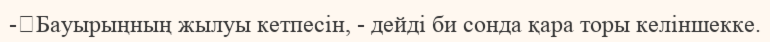
-	Бауырыңның жылуы кетпесін, - дейді би сонда қара торы келіншекке.